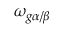
\omega _ { g \alpha / \beta }